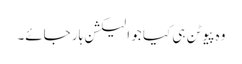
وہ پیوٹن ہی کیا جو الیکشن ہار جائے۔